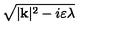
\sqrt { | \mathbf { k } | ^ { 2 } - i \varepsilon \lambda }